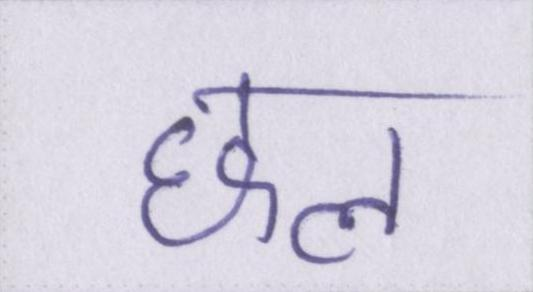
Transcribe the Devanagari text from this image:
छल